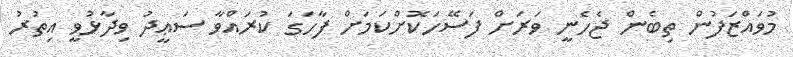
މުވައްޒަފުން ތިބެން ޖެހެނީ ވަރަށް ފަސޭހަކޮށްކަމަށް ފާހަގަ ކުރައްވާ ސަޢީދު ވިދާޅުވީ އިތުރު